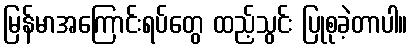
မြန်မာအကြောင်းရပ်တွေ ထည့်သွင်း ပြုစုခဲ့တာပါ။